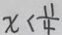
x < \frac { 1 1 } { 4 }